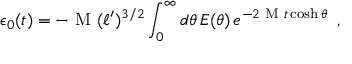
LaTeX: \epsilon _ { 0 } ( t ) = - \textrm { M } ( \ell ^ { \prime } ) ^ { 3 / 2 } \int _ { 0 } ^ { \infty } d \theta \, E ( \theta ) \, e ^ { - 2 \textrm { M } t \cosh \theta } \, \, \, ,